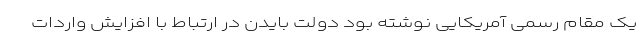
یک مقام رسمی آمریکایی نوشته بود دولت بایدن در ارتباط با افزایش واردات